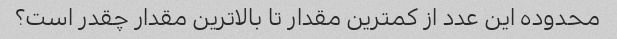
محدوده این عدد از کمترین مقدار تا بالاترین مقدار چقدر است؟